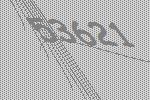
53621